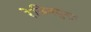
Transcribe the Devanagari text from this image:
रेजिनयुक्त